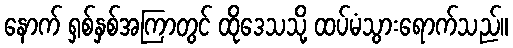
နောက် ရှစ်နှစ်အကြာတွင် ထိုဒေသသို့ ထပ်မံသွားရောက်သည်။